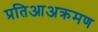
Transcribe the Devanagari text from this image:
प्रतिआअक्रमण